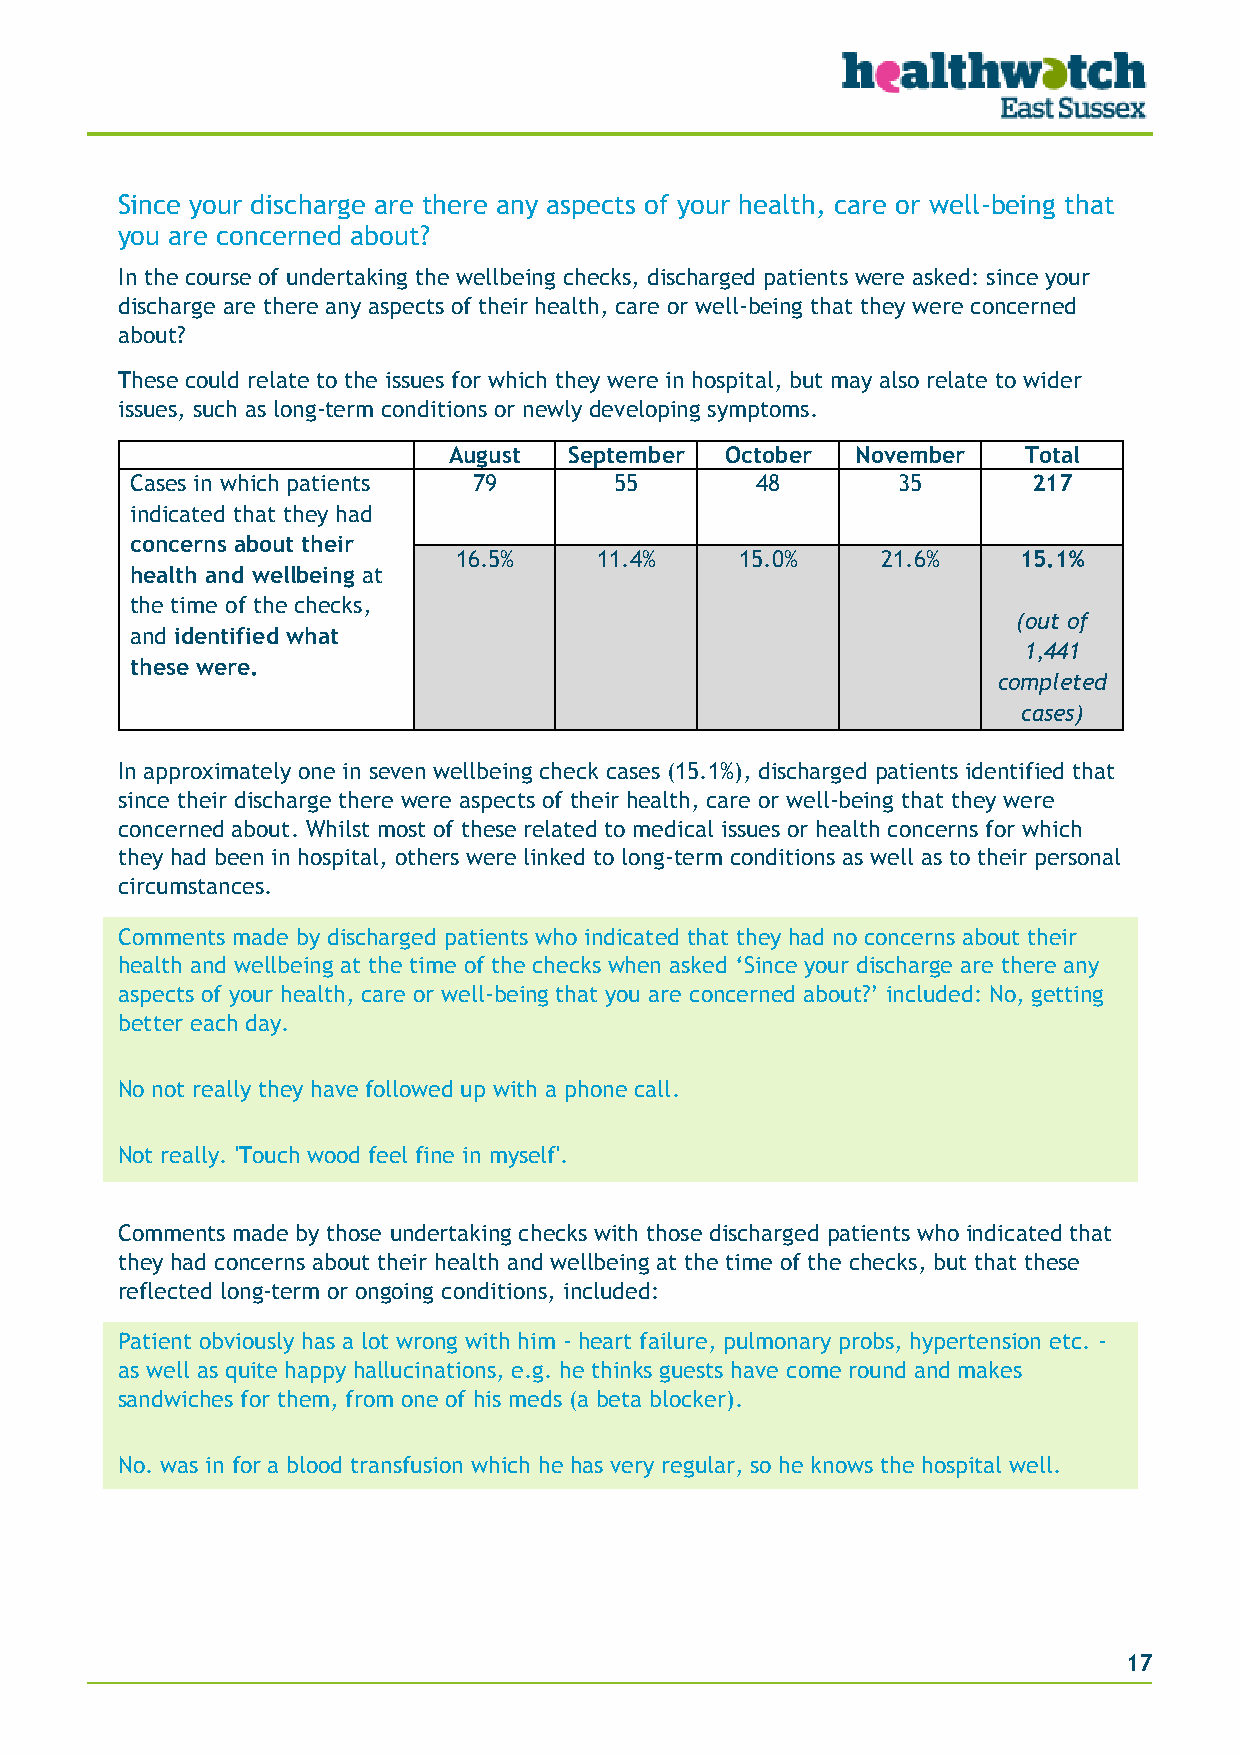
Since your discharge are there any aspects of your health, care or well-being that
 you are concerned about?
 In the course of undertaking the wellbeing checks, discharged patients were asked: since your
 discharge are there any aspects of their health, care or well-being that they were concerned
 about?
 These could relate to the issues for which they were in hospital, but may also relate to wider
 issues, such as long-term conditions or newly developing symptoms.
 August  September October  November   Total
 Cases in which patients 79      55       48       35       217
 indicated that they had
 concerns about their
 16.5%     11.4%    15.0%    21.6%    15.1%
 health and wellbeing at
 the time of the checks,
 (out of
 and identified what
 1,441
 these were.
 completed
 cases)
 In approximately one in seven wellbeing check cases (15.1%), discharged patients identified that
 since their discharge there were aspects of their health, care or well-being that they were
 concerned about. Whilst most of these related to medical issues or health concerns for which
 they had been in hospital, others were linked to long-term conditions as well as to their personal
 circumstances.
 Comments made by discharged patients who indicated that they had no concerns about their
 health and wellbeing at the time of the checks when asked ‘Since your discharge are there any
 aspects of your health, care or well-being that you are concerned about?’ included: No, getting
 better each day.
 No not really they have followed up with a phone call.
 Not really. 'Touch wood feel fine in myself'.
 Comments made by those undertaking checks with those discharged patients who indicated that
 they had concerns about their health and wellbeing at the time of the checks, but that these
 reflected long-term or ongoing conditions, included:
 Patient obviously has a lot wrong with him - heart failure, pulmonary probs, hypertension etc. -
 as well as quite happy hallucinations, e.g. he thinks guests have come round and makes
 sandwiches for them, from one of his meds (a beta blocker).
 No. was in for a blood transfusion which he has very regular, so he knows the hospital well.
 17